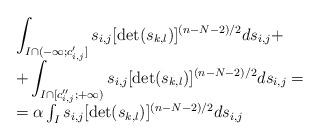
LaTeX: \begin{align*}\begin{array}{l}\displaystyle \int_{I \cap (-\infty;c_{i,j}']}s_{i,j}[\det(s_{k,l})]^{(n-N-2)/2}ds_{i,j}+\\+\displaystyle \int_{I \cap [c_{i,j}'';+\infty)}s_{i,j} [\det(s_{k,l})]^{(n-N-2)/2}ds_{i,j}=\\ =\alpha \int_I s_{i,j}[\det(s_{k,l})]^{(n-N-2)/2} ds_{i,j}\end{array}\end{align*}